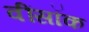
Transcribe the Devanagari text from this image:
वींसॉक